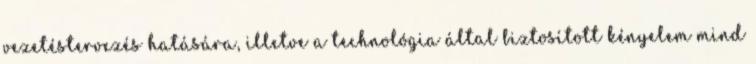
vezetéstervezés hatására, illetve a technológia által biztosított kényelem mind